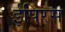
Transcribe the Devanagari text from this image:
ईपिरस